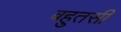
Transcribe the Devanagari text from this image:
बहुतसी